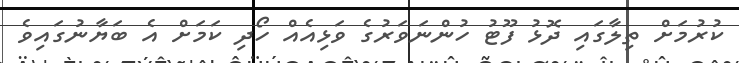
ކުރުމަށް ތިލާގައި ދޮޅު ފޫޓު ހުންނަވަރުގެ ވަޅިއެއް ހޯދި ކަމަށް އެ ބަޔާނުގައިވެ